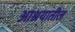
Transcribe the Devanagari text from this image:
आश्रयातील